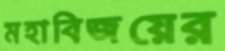
মহাবিজয়ের